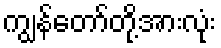
ကျွန်တော်တို့အားလုံး